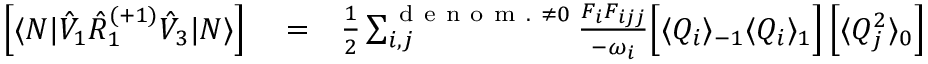
\begin{array} { r l r } { \left[ \langle N | \hat { V } _ { 1 } \hat { R } _ { 1 } ^ { ( + 1 ) } \hat { V } _ { 3 } | N \rangle \right] } & { { } = } & { \frac { 1 } { 2 } \sum _ { i , j } ^ { \mathrm { ~ d ~ e ~ n ~ o ~ m ~ . ~ } \neq 0 } \frac { F _ { i } F _ { i j j } } { - \omega _ { i } } \Big [ \langle Q _ { i } \rangle _ { - 1 } \langle Q _ { i } \rangle _ { 1 } \Big ] \left[ \langle Q _ { j } ^ { 2 } \rangle _ { 0 } \right] } \end{array}